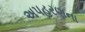
અપહરણના